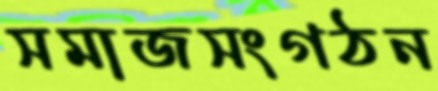
সমাজসংগঠন